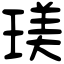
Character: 𤧞